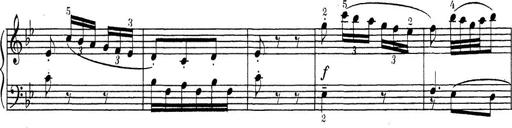
Title: ÄŒeskÃ© Sonatiny
Composer: Various